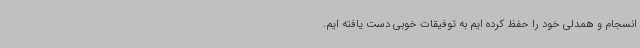
انسجام و همدلی خود را حفظ کرده ایم به توفیقات خوبی دست یافته ایم.